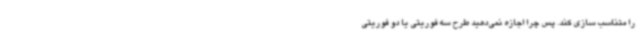
را متناسب سازی کند. پس چرا اجازه نمی‌دهید طرح سه فوریتی یا دو فوریتی